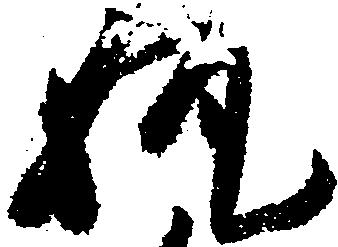
執